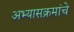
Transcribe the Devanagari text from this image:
अभ्‍यासक्रमांचे